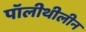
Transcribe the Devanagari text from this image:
पॉलीथीलीन